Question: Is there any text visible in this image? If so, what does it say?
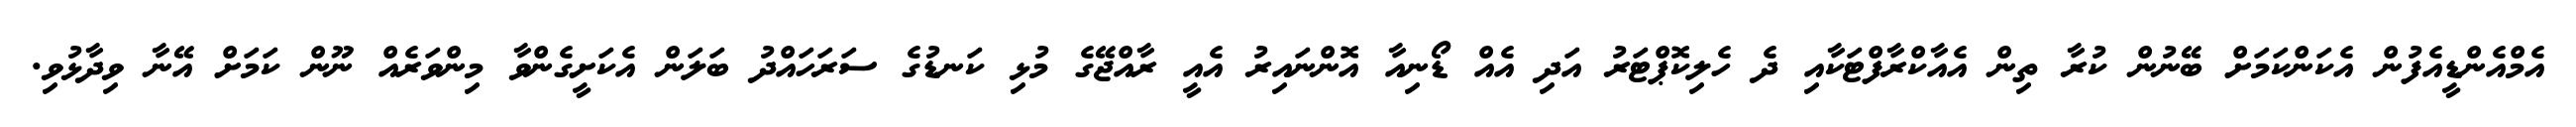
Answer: އެމްއެންޑީއެފުން އެކަންކަމަށް ބޭނުން ކުރާ ތިން އެއާކްރާފްޓަކާއި ދެ ހެލިކޮޕްޓަރު އަދި އެއް ޑޯނިއާ އޮންނައިރު އެއީ ރާއްޖޭގެ މުޅި ކަނޑުގެ ސަރަހައްދު ބަލަން އެކަށީގެންވާ މިންވަރެއް ނޫން ކަމަށް އޭނާ ވިދާޅުވި.